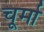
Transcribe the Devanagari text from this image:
चूर्मा